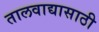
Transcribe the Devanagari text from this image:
तालवाद्यासाठी